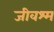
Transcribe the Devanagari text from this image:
जीवश्म